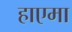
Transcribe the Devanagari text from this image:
हाएमा